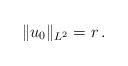
LaTeX: \begin{align*} \|u_0\|_{L^2}=r\,. \end{align*}